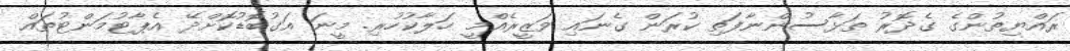
ރައްޔިތުންގެ ގެދޮރު ތަޅާސުންނާފަތި ކުރަން ގެނައި ވަޒީރެއްމީ ހަލާކުހުރި. މީނަ އަގުބޮޑުކޮށްދޭ އެޕާޓުމަންޓުތައް